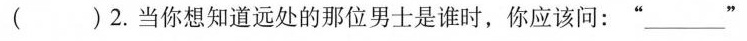
( ) 2. 当你想知道远处的那位男士是谁时,你应该问:“___"